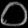
Digit: ၀